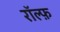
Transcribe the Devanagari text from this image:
रॉल्फ़